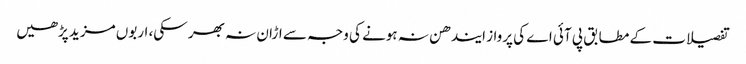
تفصیلات کے مطابق پی آئی اے کی پرواز ایندھن نہ ہونے کی وجہ سے اڑان نہ بھر سکی، اربوں مزید پڑھیں